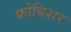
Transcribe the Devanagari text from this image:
फ्रोबिशर